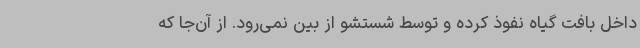
داخل بافت گیاه نفوذ کرده و توسط شستشو از بین نمی‌رود. از آن‌جا که